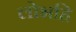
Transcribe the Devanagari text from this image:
लोभहि